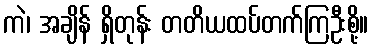
ကဲ၊ အချိန် ရှိတုန်း တတိယထပ်တက်ကြဦးစို့။